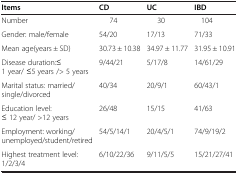
<table><thead><tr><td><b>Items</b></td><td><b>CD</b></td><td><b>UC</b></td><td><b>IBD</b></td></tr></thead><tbody><tr><td>Number</td><td>74</td><td>30</td><td>104</td></tr><tr><td>Gender: male/female</td><td>54/20</td><td>17/13</td><td>71/33</td></tr><tr><td>Mean age(years ± SD)</td><td>30.73 ± 10.38</td><td>34.97 ± 11.77</td><td>31.95 ± 10.91</td></tr><tr><td>Disease duration:≤ 1 year/ ≤5 years /&gt; 5 years</td><td>9/44/21</td><td>5/17/8</td><td>14/61/29</td></tr><tr><td>Marital status: married/single/divorced</td><td>40/34</td><td>20/9/1</td><td>60/43/1</td></tr><tr><td>Education level: ≤ 12 year/ &gt;12 years</td><td>26/48</td><td>15/15</td><td>41/63</td></tr><tr><td>Employment: working/unemployed/student/retired</td><td>54/5/14/1</td><td>20/4/5/1</td><td>74/9/19/2</td></tr><tr><td>Highest treatment level:1/2/3/4</td><td>6/10/22/36</td><td>9/11/5/5</td><td>15/21/27/41</td></tr></tbody></table>